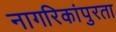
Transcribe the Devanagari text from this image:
नागरिकांपुरता